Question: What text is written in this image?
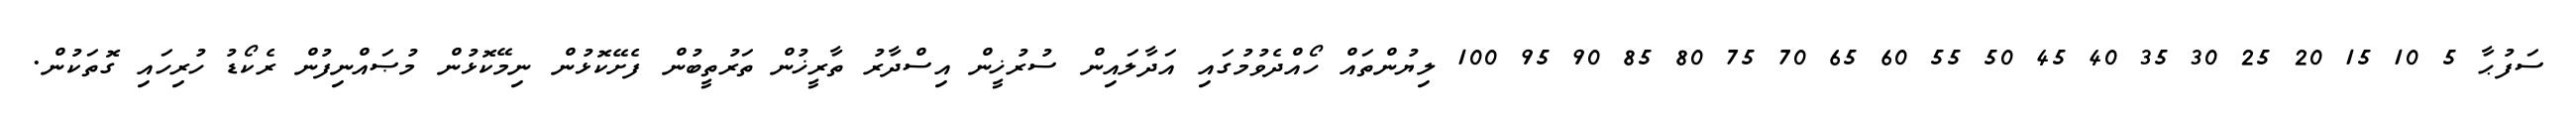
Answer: ސަފުޙާ 5 10 15 20 25 30 35 40 45 50 55 60 65 70 75 80 85 90 95 100 ލިޔުންތައް ހޯއްދެވުމުގައި އަދާލައިން ސުރުޚީން އިސްދާރު ތާރީޚުން ތަރުތީބުން ފެށޭކޮޅުން ނިމޭކޮޅުން މުޞައްނިފުން ރެކޯޑު ހުރިހައި ގޮތަކުން.